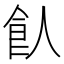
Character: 飤